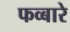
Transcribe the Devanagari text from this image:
फव्‍बारे